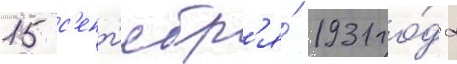
15 с'ент'ябр'я́ 1931 го́да